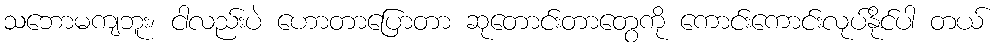
သဘောမကျဘူး၊ ငါလည်းပဲ ဟောတာပြောတာ ဆုတောင်းတာတွေကို ကောင်းကောင်းလုပ်နိုင်ပါ တယ်